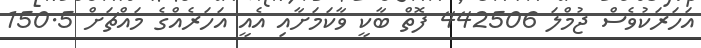
އަހަރަކުވެސް ޖުމްލަ 442506 ފޮތް ބާކީ ވާކަމަށާއި އެއީ އަހަރެއްގެ މައްޗަށް 150.5